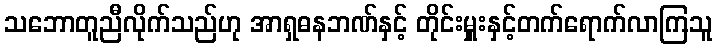
သဘောတူညီလိုက်သည်ဟု အာရှဓနဘဏ်နှင့် တိုင်းမှူးနှင့်တက်ရောက်လာကြသူ